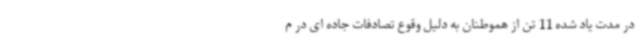
در مدت یاد شده 11 تن از هموطنان به دلیل وقوع تصادفات جاده ای در م